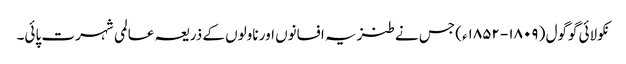
نکولائی گوگول ( ۱۸۰۹- ۱۸۵۲ء) جس نے طنزیہ افسانوں اور ناولوں کے ذریعہ عالمی شہرت پائی۔